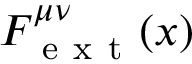
F _ { \mathrm { ~ e ~ x ~ t ~ } } ^ { \mu \nu } ( x )